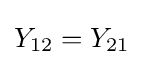
Y_{12}=Y_{21}